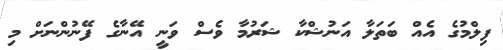
ފިިލްމުގެ އެއް ބަތަލާ އަނުޝްކާ ޝަރުމާ ވެސް ވަނީ އޭނާގެ ފޭނުންނަށް މި